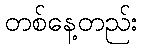
တစ်နေ့တည်း